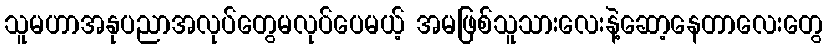
သူမဟာအနုပညာအလုပ်တွေမလုပ်ပေမယ့် အမဖြစ်သူသားလေးနဲ့ဆော့နေတာလေးတွေ